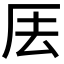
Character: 𠩂